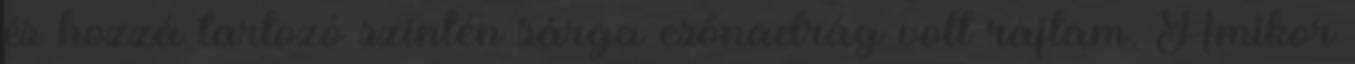
és hozzá tartozó szintén sárga esőnadrág volt rajtam. Amikor